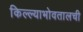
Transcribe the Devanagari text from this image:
किल्ल्याभोवतालची